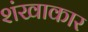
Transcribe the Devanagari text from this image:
शंखाकार